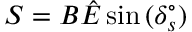
S = B \hat { E } \sin { ( \delta _ { s } ^ { \circ } ) }